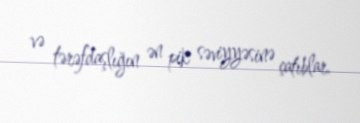
və tərəfdaşlığın ən pik səviyyəsinə çatıblar.